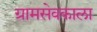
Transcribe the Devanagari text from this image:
ग्रामसेवकाला